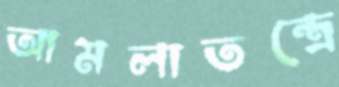
আমলাতন্ত্রে